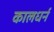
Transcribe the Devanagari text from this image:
कालधर्न